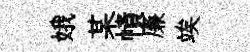
娥某幘廉竢